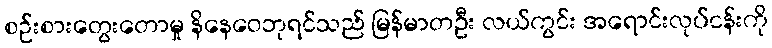
စဉ်းစားတွေးတောမှု နိနေဝေဘုရင်သည် မြန်မာတဦး လယ်ကွင်း အရောင်းလုပ်ငန်းကို